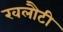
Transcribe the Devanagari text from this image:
खलौटी